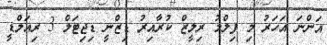
އަންނަ އަހަރު މި ފިލްމު ރިލީޒް ކުރާއިރު ޑިޒްނީ ޑިޖިޓަލް 3 ރިއަލްޑީ